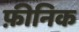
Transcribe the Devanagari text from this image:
फ़ीनिक